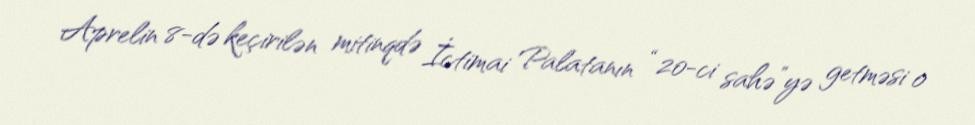
Aprelin 8-də keçirilən mitinqdə İctimai Palatanın “20-ci sahə”yə getməsi o